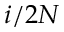
i / 2 N